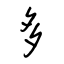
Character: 多